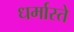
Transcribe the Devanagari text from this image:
धर्मास्ते